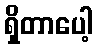
ရှိတာပေါ့